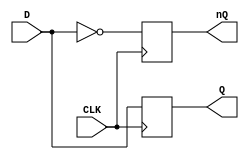
module DFF(
    CLK,
    D,
    Q,
    nQ
);

input CLK, D;
output Q, nQ;

reg Q, nQ;

always @(posedge CLK) begin
    Q <= #10 D;
    nQ <= #10 ~D;
end

endmodule